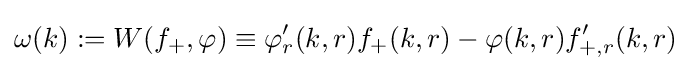
\omega (k):=W(f_{+},\varphi )\equiv \varphi _{r}'(k,r)f_{+}(k,r)-\varphi (k,r)f_{+,r}'(k,r)